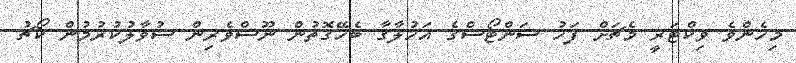
މިހެންވެ ވިކްޓަރީ މެޗަށް ފަހު ސަންޓޯސްގެ އަހުލާގާ ބެހޭގޮތުން ނޫސްވެރިން ސުވާލުކުރުމުން ކޯޗު